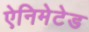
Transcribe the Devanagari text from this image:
ऐनिमेटेड